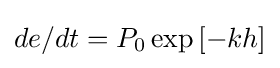
de/dt=P_{0}\exp {[-kh]}